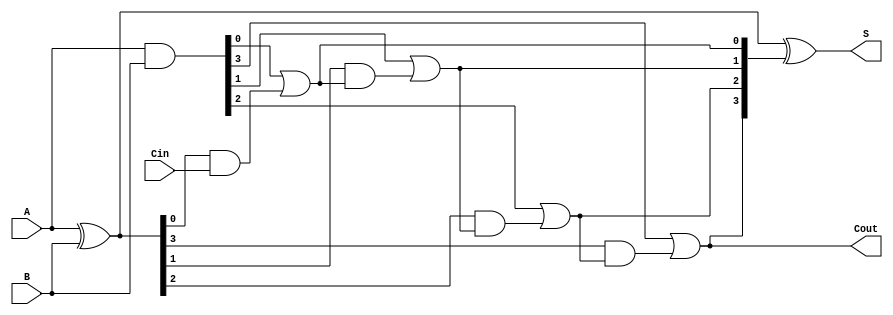
module ling_adder #(
    parameter N = 4  // Number of bits
)(
    input  [N-1:0] A,      // First input
    input  [N-1:0] B,      // Second input
    input         Cin,      // Carry-in
    output [N-1:0] S,      // Sum output
    output        Cout      // Carry-out
);

    // Generate and Propagate signals
    wire [N-1:0] G;         // Generate signals
    wire [N-1:0] P;         // Propagate signals
    wire [N:0] C;           // Carry signals

    // Generate and Propagate logic
    assign G = A & B;       // G[i] = A[i] * B[i]
    assign P = A ^ B;       // P[i] = A[i] XOR B[i]

    // Carry calculation
    assign C[0] = G[0] | (P[0] & Cin); // C[0] = G[0] + P[0] * Cin

    genvar i;
    generate
        for (i = 1; i < N; i = i + 1) begin : carry_calc
            assign C[i] = G[i] | (P[i] & C[i-1]); // C[i] = G[i] + P[i] * C[i-1]
        end
    endgenerate

    assign Cout = C[N-1]; // Final carry-out
    // Sum calculation
    assign S = P ^ C[N-1:0]; // S[i] = A[i] XOR B[i] XOR C[i]

endmodule